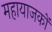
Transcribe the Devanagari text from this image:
महायाजकों